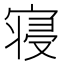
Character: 寝